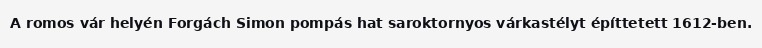
A romos vár helyén Forgách Simon pompás hat saroktornyos várkastélyt építtetett 1612-ben.